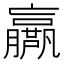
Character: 𡳴